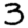
Digit: 3